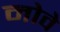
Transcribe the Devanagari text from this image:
नोवे